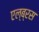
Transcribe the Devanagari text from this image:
एल्ब्रस